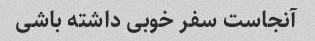
آنجاست سفر خوبی داشته باشی